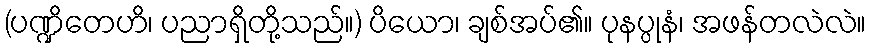
(ပဏ္ဍိတေဟိ၊ ပညာရှိတို့သည်။) ပိယော၊ ချစ်အပ်၏။ ပုနပ္ပုနံ၊ အဖန်တလဲလဲ။